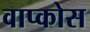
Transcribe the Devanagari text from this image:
वाप्कोस